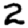
Digit: 2